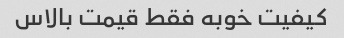
کیفیت خوبه فقط قیمت بالاس